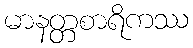
မာနတ္တစာရိကဿ